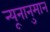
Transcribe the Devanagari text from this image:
न्यूनानुमान